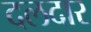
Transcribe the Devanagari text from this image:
दलदार